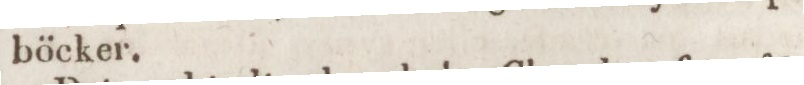
böcker.